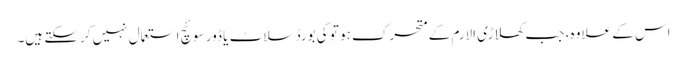
اس کے علاوہ ، جب کھلاڑی الارم کے متحرک ہو تو کی بورڈ سلاٹ یا ڈور سوئچ استعمال نہیں کرسکتے ہیں۔